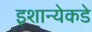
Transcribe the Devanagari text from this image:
इशान्येकडे